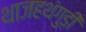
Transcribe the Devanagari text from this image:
थाजहथंगुड़ी